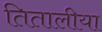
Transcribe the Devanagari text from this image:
तितालीया